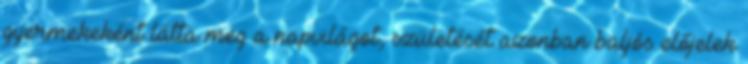
gyermekeként látta meg a napvilágot, születését azonban baljós előjelek